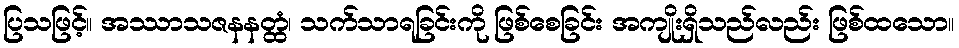
ပြသဖြင့်။ အဿာသဇနနတ္ထံ၊ သက်သာရခြင်းကို ဖြစ်စေခြင်း အကျိုးရှိသည်လည်း ဖြစ်ထသော။